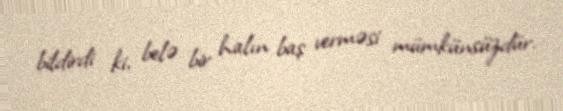
bildirdi ki, belə bir halın baş verməsi mümkünsüzdür.